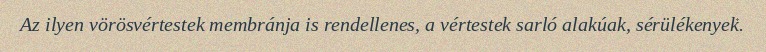
Az ilyen vörösvértestek membránja is rendellenes, a vértestek sarló alakúak, sérülékenyek.